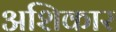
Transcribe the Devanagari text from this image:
अशिकार